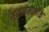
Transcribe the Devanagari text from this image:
मुसलमानोंके